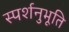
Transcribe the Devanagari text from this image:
स्पर्शनुभूति